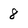
Character: 8